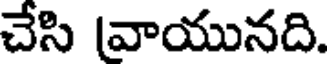
చేసి (వాయునది.